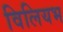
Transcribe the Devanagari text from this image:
विलियभ